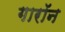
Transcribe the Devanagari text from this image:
गारॉन